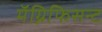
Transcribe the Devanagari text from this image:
मॅग्निफिसन्ट